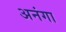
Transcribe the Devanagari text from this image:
अनंगा